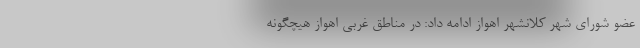
عضو شورای شهر کلانشهر اهواز ادامه داد: در مناطق غربی اهواز هیچگونه